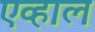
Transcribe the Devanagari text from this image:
एव्हाल